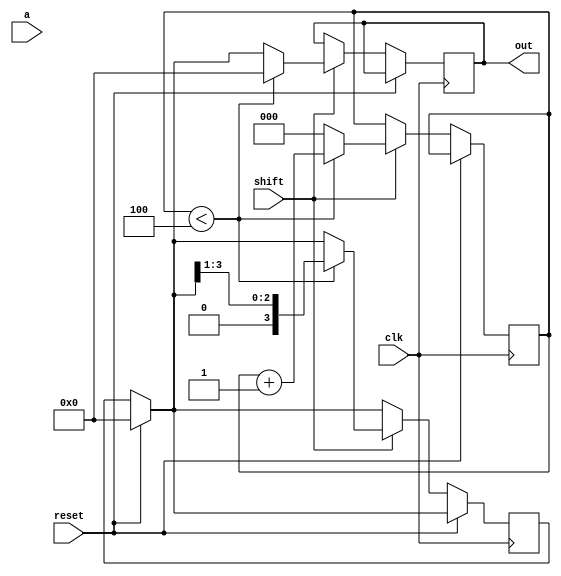


module sipo (clk,reset,a,shift,out);
input clk;
input reset;
input shift;
input a;
output reg [3:0]out;

reg [3:0]mem;
reg [2:0]counter;

	
always@(posedge clk) begin
	
 if(reset) begin
 	mem=4'b0000;
 	end
 	
 if(!reset) begin
 	
 		if(shift)begin
 				  //right shift happening fine		
			if(counter<3'b100) begin
			mem[3]<=a;
 			mem=mem>>1'b1;
 			counter<=counter+1'b1;
 			out<=4'b0000;
 			//out<=mem;
 				end
 				
 			else	 begin
 			//out=mem;
 			counter<=3'b000;
 			out<=mem;
 			end

	end
end
	
	
 	
end
endmodule